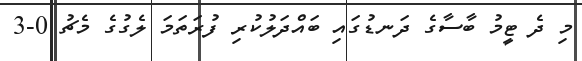
މި ދެ ޓީމު ބާސާގެ ދަނޑުގައި ބައްދަލުކުރި ފުރަތަމަ ލެގުގެ މެޗު 0-3